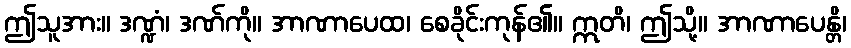
ဤသူအား။ ဒဏ္ဍံ၊ ဒဏ်ကို။ အာဏာပေထ၊ စေခိုင်းကုန်၏။ ဣတိ၊ ဤသို့။ အာဏာပေန္တိ၊